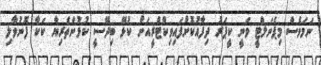
ނަމަވެސް މިޕެނަލްޓީ ވަނީ ކީޕަރު ދިފާއުކޮށްފައިވިކްޓްރީއަށް ކުޅޭ ބިދޭސީ ކުޅުންތެރިޔާ ކަކާ ފޮނުވާލި